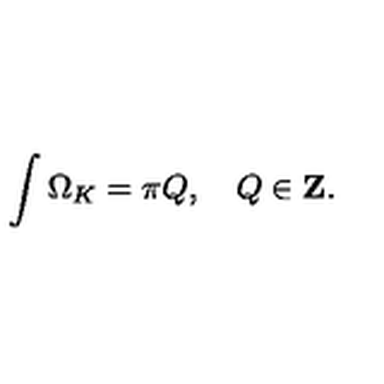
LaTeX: \int \Omega _ { K } = \pi Q , \quad Q \in { \bf Z } .